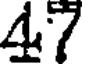
47